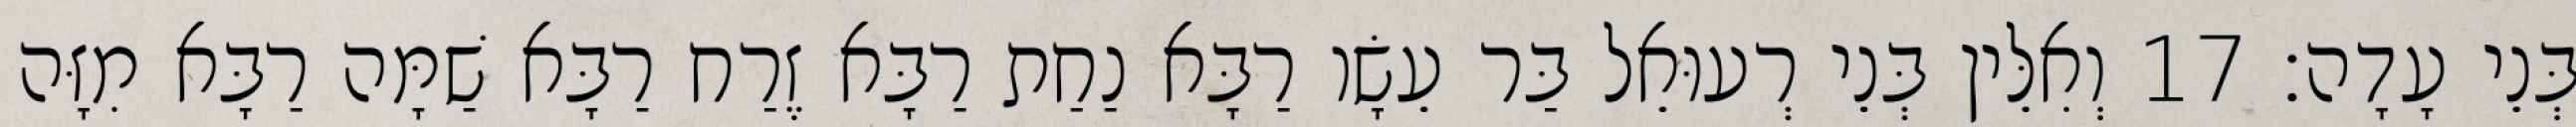
בְּנֵי עָדָה׃ 17 וְאִלֵּין בְּנֵי רְעוּאֵל בַּר עֵשָׂו רַבָּא נַחַת רַבָּא זֶרַח רַבָּא שַׁמָּה רַבָּא מִזָּה